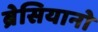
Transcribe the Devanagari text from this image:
ब्रेसियानो